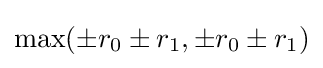
\,\!\max(\pm r_{0}\pm r_{1},\pm r_{0}\pm r_{1})